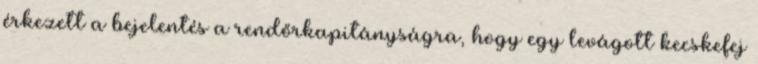
érkezett a bejelentés a rendőrkapitányságra, hogy egy levágott kecskefej